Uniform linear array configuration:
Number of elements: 16
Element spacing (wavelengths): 1
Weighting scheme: uniform
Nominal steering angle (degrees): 0
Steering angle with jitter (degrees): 1.336
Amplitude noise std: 0.05
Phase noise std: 0.05

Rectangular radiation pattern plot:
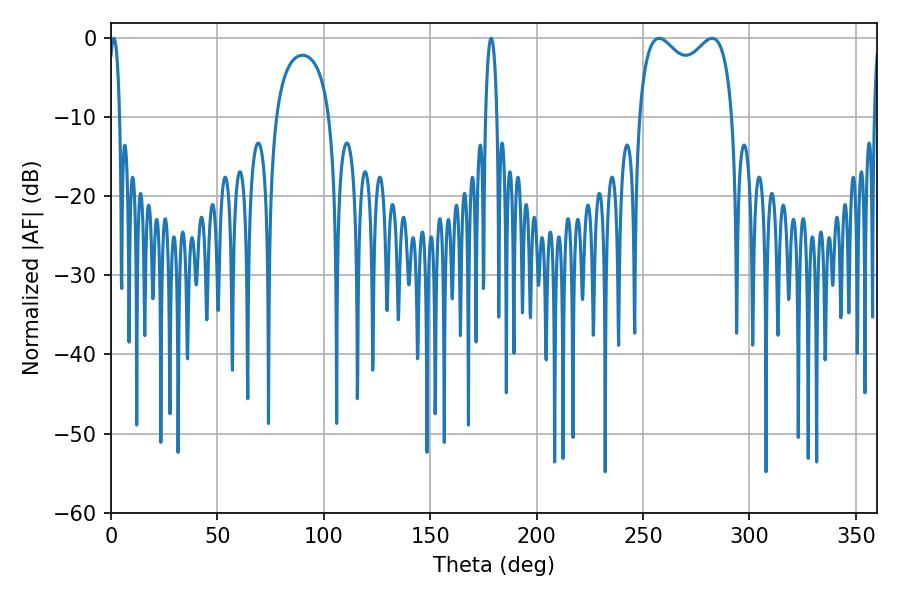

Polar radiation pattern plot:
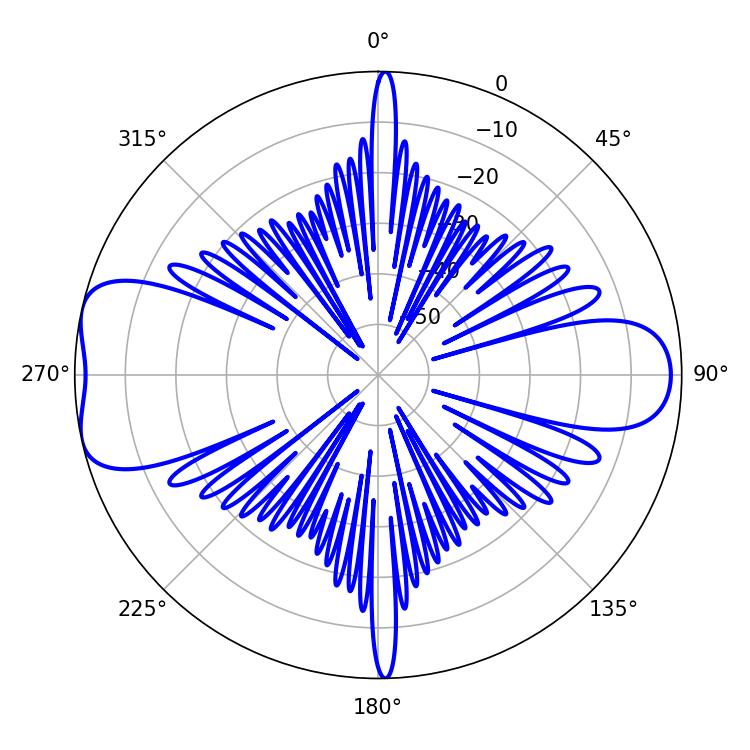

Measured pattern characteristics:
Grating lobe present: TRUE
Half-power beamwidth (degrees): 36.72
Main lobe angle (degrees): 282.42